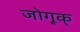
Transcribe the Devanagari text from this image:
जोगूक्